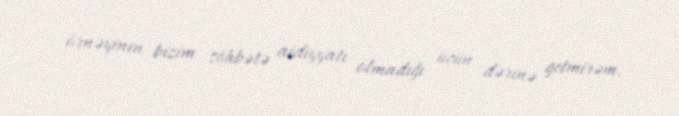
örnəyinin bizim söhbətə aidiyyatı olmadığı üçün dərinə getmirəm.